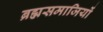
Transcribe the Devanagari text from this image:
ब्रह्मसमाजियों